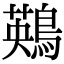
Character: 鶧